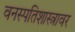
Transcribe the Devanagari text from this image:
वनस्पतिशास्त्रावर